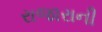
રાજારાની